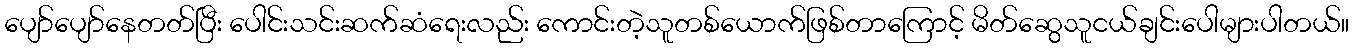
ပျော်ပျော်နေတတ်ပြီး ပေါင်းသင်းဆက်ဆံရေးလည်း ကောင်းတဲ့သူတစ်ယောက်ဖြစ်တာကြောင့် မိတ်ဆွေသူငယ်ချင်းပေါများပါတယ်။